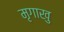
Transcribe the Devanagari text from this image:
मृगाखु